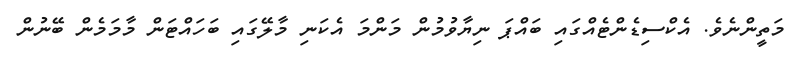
މަތީންނެވެ. އެކްސިޑެންޓެއްގައި ބައްޕަ ނިޔާވުމުން މަންމަ އެކަނި މާލޭގައި ބަހައްޓަން މާމަމެން ބޭނުން